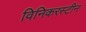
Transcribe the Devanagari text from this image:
विनिकरस्टीन